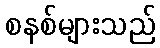
စနစ်များသည်